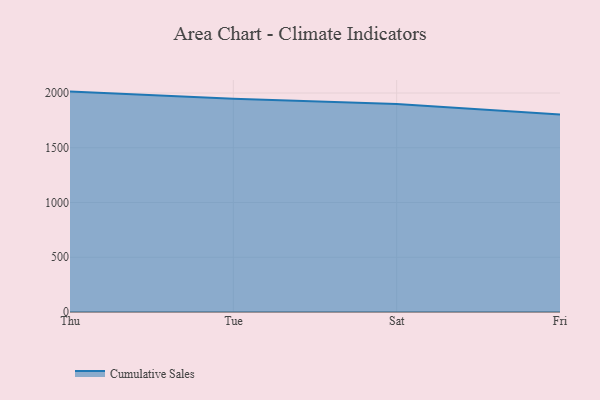
{"axis": {"x": "Day", "y": "Energy Usage (MWh)"}, "legend": ["Cumulative Sales"], "data": [{"x": "Thu", "y": 2012.9, "type": "Cumulative Sales"}, {"x": "Tue", "y": 1947.0, "type": "Cumulative Sales"}, {"x": "Sat", "y": 1900.0, "type": "Cumulative Sales"}, {"x": "Fri", "y": 1803.2, "type": "Cumulative Sales"}]}